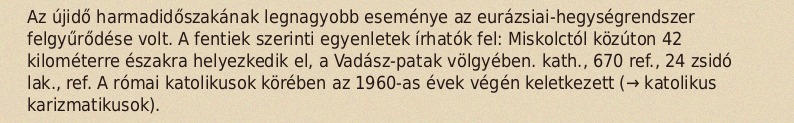
Az újidő harmadidőszakának legnagyobb eseménye az eurázsiai-hegységrendszer felgyűrődése volt. A fentiek szerinti egyenletek írhatók fel: Miskolctól közúton 42 kilométerre északra helyezkedik el, a Vadász-patak völgyében. kath., 670 ref., 24 zsidó lak., ref. A római katolikusok körében az 1960-as évek végén keletkezett (→ katolikus karizmatikusok).